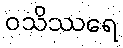
ဝသိဿရေ